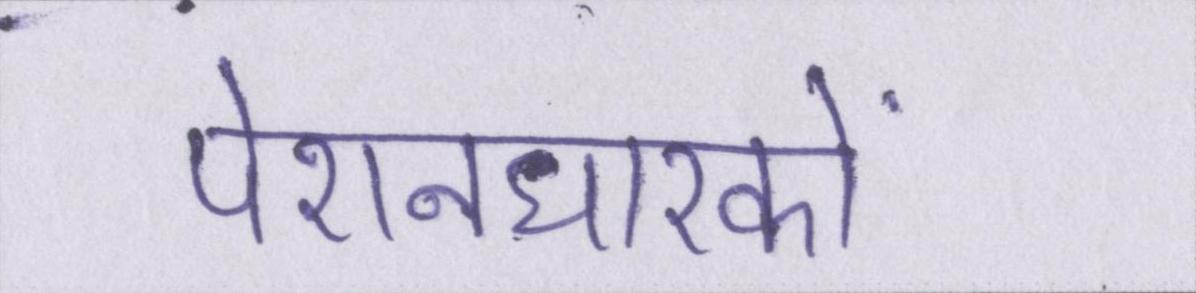
पेंशनधारकों